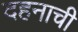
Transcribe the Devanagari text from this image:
दहनाची